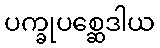
ပက္ခုပစ္ဆေဒါယ